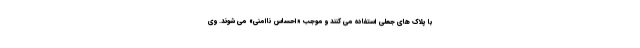
با پلاک های جعلی استفاده می کنند و موجب «احساس ناامنی» می شوند. وی